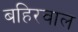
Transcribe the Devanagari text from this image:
बहिरवाल